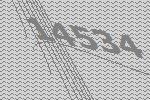
14534